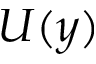
U ( y )